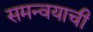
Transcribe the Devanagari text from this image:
समन्वयाची